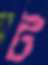
ট